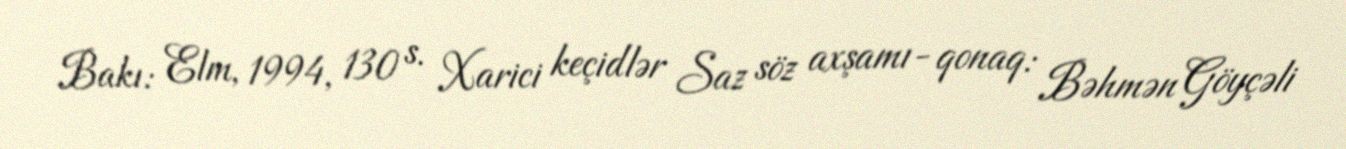
Bakı: Elm, 1994, 130 s. Xarici keçidlər Saz söz axşamı- qonaq: Bəhmən Göyçəli